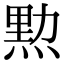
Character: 𤋰